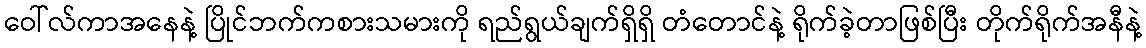
ဝေါ်လ်ကာအနေနဲ့ ပြိုင်ဘက်ကစားသမားကို ရည်ရွယ်ချက်ရှိရှိ တံတောင်နဲ့ ရိုက်ခဲ့တာဖြစ်ပြီး တိုက်ရိုက်အနီနဲ့